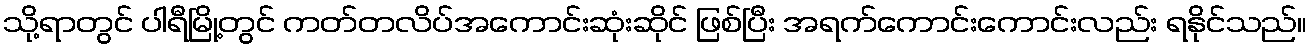
သို့ရာတွင် ပါရီမြို့တွင် ကတ်တလိပ်အကောင်းဆုံးဆိုင် ဖြစ်ပြီး အရက်ကောင်းကောင်းလည်း ရနိုင်သည်။